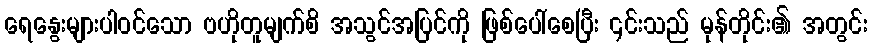
ရေနွေးများပါဝင်သော ဗဟိုတူမျက်စိ အသွင်အပြင်ကို ဖြစ်ပေါ်စေပြီး ၎င်းသည် မုန်တိုင်း၏ အတွင်း